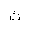
Letter: _kaf